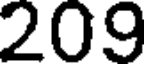
209